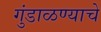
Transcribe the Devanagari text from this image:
गुंडाळण्याचे